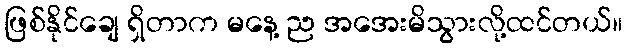
ဖြစ်နိုင်ချေ ရှိတာက မနေ့ ည အအေးမိသွားလို့ထင်တယ်။